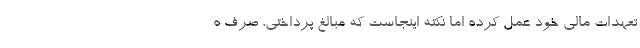
تعهدات مالی خود عمل کرده اما نکته اینجاست که مبالغ پرداختی، صرف ه